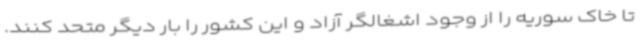
تا خاک سوریه را از وجود اشغالگر آزاد و این کشور را بار دیگر متحد کنند.